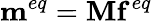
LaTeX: {{\mathbf{m}}^{eq}}={\mathbf{M}}{{\mathbf{f}}^{eq}}